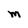
Character: M